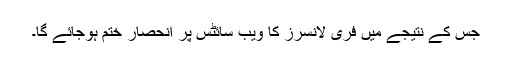
جس کے نتیجے میں فری لانسرز کا ویب سائٹس پر انحصار ختم ہوجائے گا۔